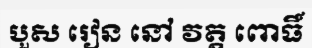
បួស រៀន នៅ វត្ត ពោធិ៍